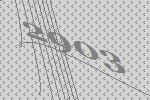
2903